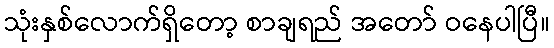
သုံးနှစ်လောက်ရှိတော့ စာချရည် အတော် ဝနေပါပြီ။